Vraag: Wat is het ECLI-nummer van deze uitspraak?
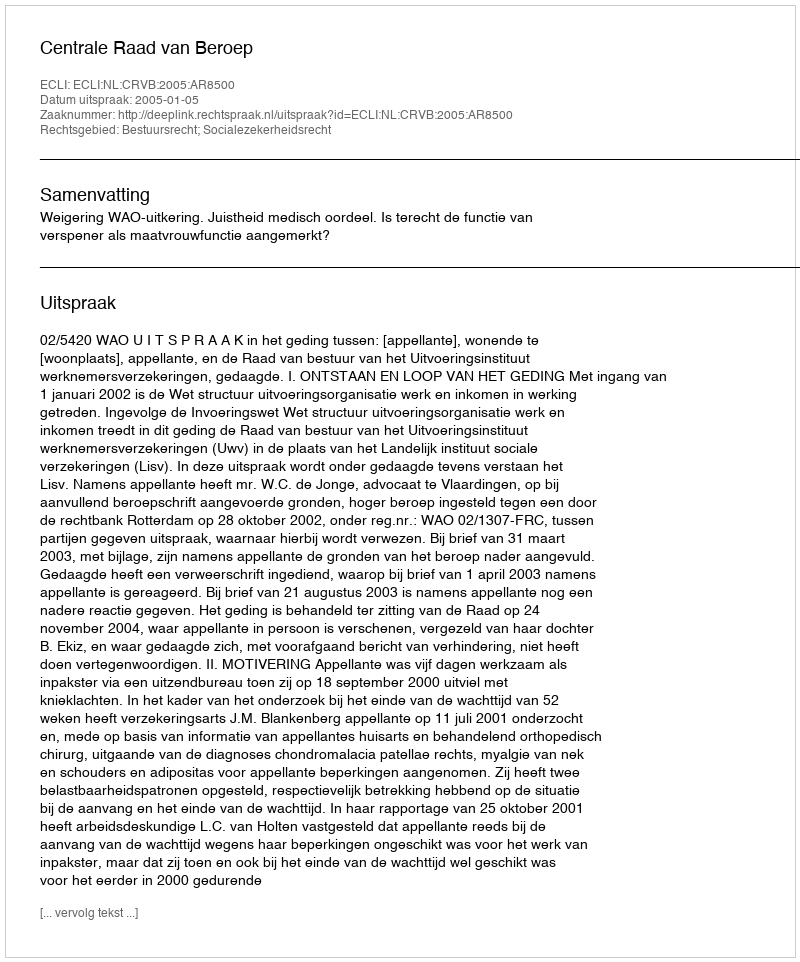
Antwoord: ECLI:NL:CRVB:2005:AR8500